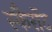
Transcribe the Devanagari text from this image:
स्कैरॉट